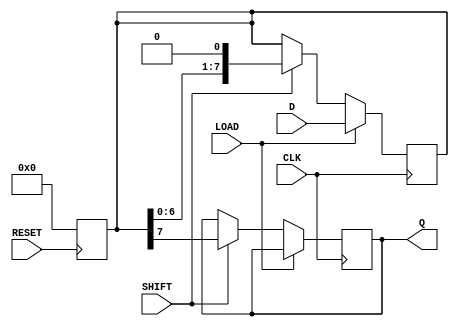
module PISO_Register #(
    parameter WIDTH = 8 // Parameter for width of the data bus
)(
    input wire [WIDTH-1:0] D,    // Parallel input data
    input wire LOAD,              // Load signal
    input wire CLK,               // Clock signal
    input wire SHIFT,             // Shift signal
    input wire RESET,             // Reset signal
    output reg Q                 // Serial output
);

    // Internal register to hold the data
    reg [WIDTH-1:0] shift_reg;

    // Asynchronous reset
    always @(posedge RESET) begin
        shift_reg <= {WIDTH{1'b0}}; // Reset all bits to 0
    end

    // Main operation block
    always @(posedge CLK) begin
        if (LOAD) begin
            shift_reg <= D; // Load data into shift_reg
        end else if (SHIFT) begin
            Q <= shift_reg[WIDTH-1]; // Output MSB to Q
            shift_reg <= {shift_reg[WIDTH-2:0], 1'b0}; // Shift right, fill LSB with 0
        end
    end
endmodule